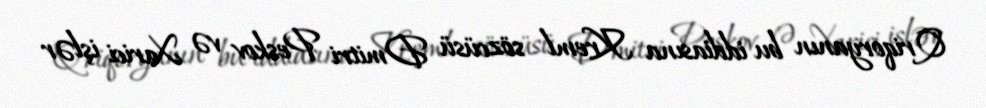
Qriqoryanın bu iddiasına Kreml sözcüsü Dmitri Peskov və Xarici işlər